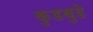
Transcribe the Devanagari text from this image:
कुडबुडे